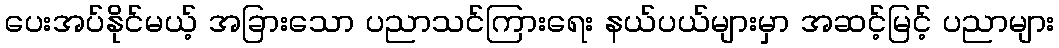
ပေးအပ်နိုင်မယ့် အခြားသော ပညာသင်ကြားရေး နယ်ပယ်များမှာ အဆင့်မြင့် ပညာများ